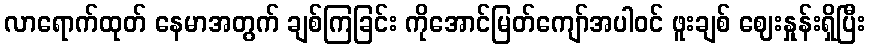
လာရောက်ထုတ် နေမာအတွက် ချစ်ကြခြင်း ကိုအောင်မြတ်ကျော်အပါဝင် ဖူးချစ် ဈေးနှုန်းရှိပြီး